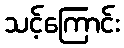
သင့်ကြောင်း